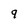
Character: 9